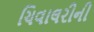
ચિવાલરીની